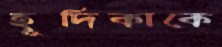
হূদিকাকে